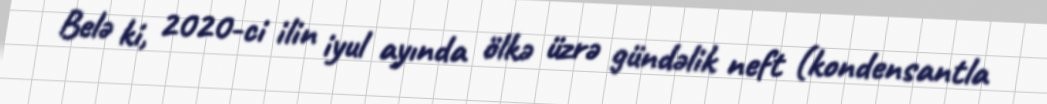
Belə ki, 2020-ci ilin iyul ayında ölkə üzrə gündəlik neft (kondensantla